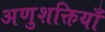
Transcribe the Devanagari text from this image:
अणुशक्तियाँ